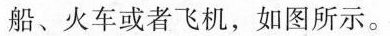
船、火车或者飞机，如图所示。